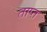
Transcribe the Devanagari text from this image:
ताप्त